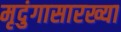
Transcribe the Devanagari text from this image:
मृदुंगासारख्या